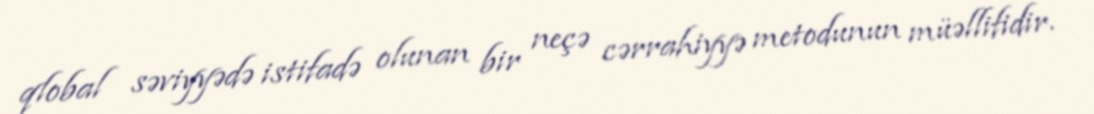
qlobal səviyyədə istifadə olunan bir neçə cərrahiyyə metodunun müəllifidir.